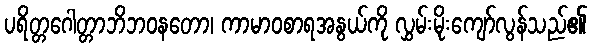
ပရိတ္တဂေါတ္တာဘိဘဝနတော၊ ကာမာဝစာရအနွယ်ကို လွှမ်းမိုးကျော်လွန်သည်၏